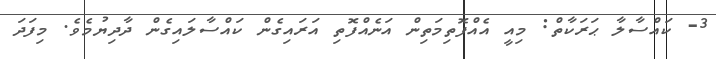
3- ކައްސާލާ ޙަރަކާތް: މިއީ އެއްފޮތިމަތިން އަނެއްފޮތި އަރައިގެން ކައްސާލައިގެން ދާދިޔުމެވެ. މިފަދަ